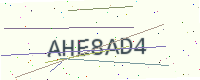
Text: AHE8AD4